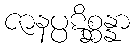
ဇာနပ္ပဋိစ္ဆန္နာ